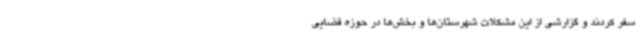
سفر کردند و گزارشی از این مشکلات شهرستان‌ها و بخش‌ها در حوزه قضایی